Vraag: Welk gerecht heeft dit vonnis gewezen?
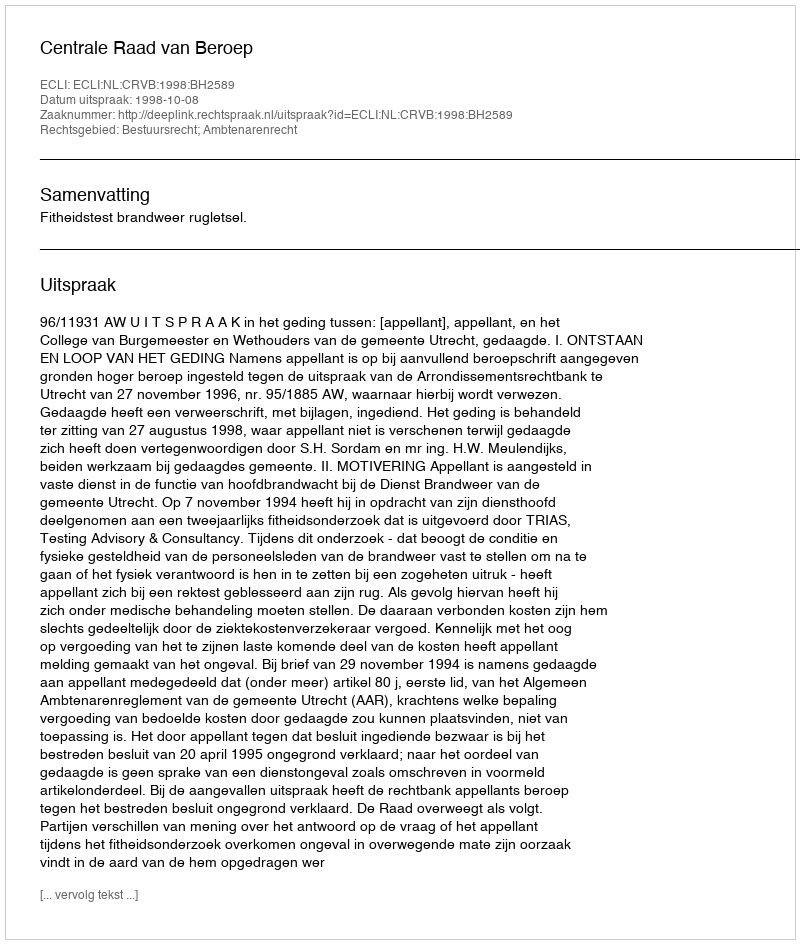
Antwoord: Centrale Raad van Beroep